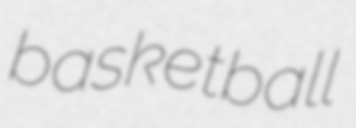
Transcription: basketball